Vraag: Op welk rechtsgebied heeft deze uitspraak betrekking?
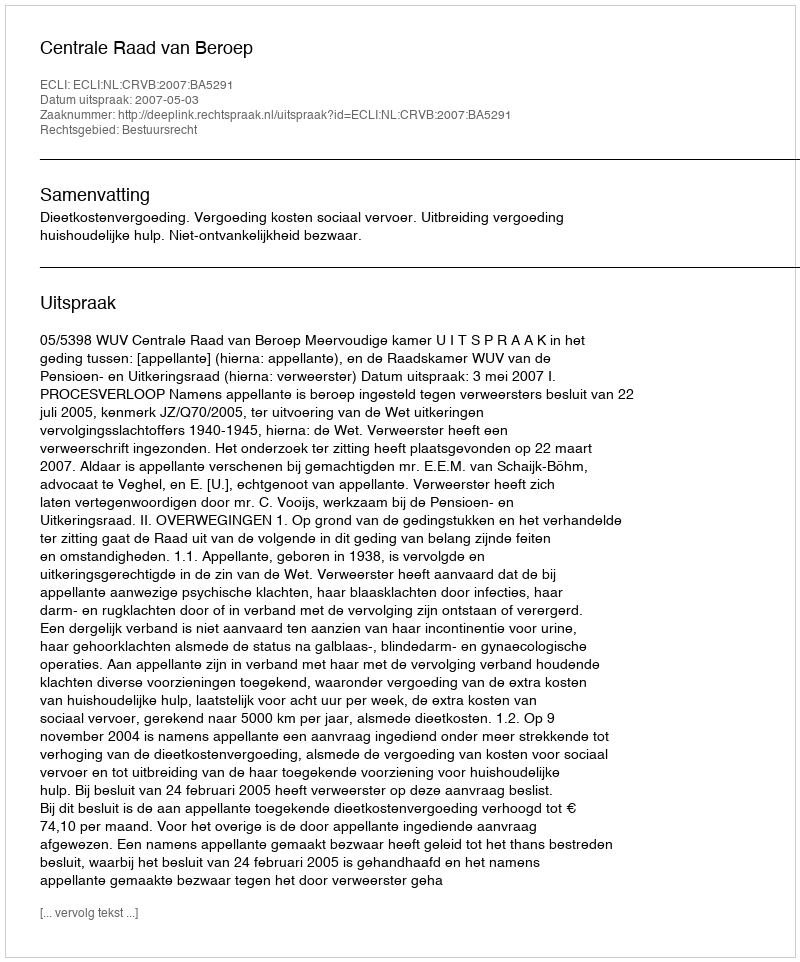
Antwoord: Bestuursrecht